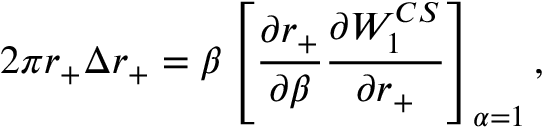
2 \pi r _ { + } \Delta r _ { + } = \beta \left[ { \frac { \partial { r _ { + } } } { \partial \beta } } { \frac { \partial { W _ { 1 } ^ { C S } } } { \partial r _ { + } } } \right] _ { \alpha = 1 } ,